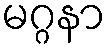
မဂ္ဂနာ